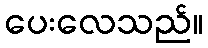
ပေးလေသည်။